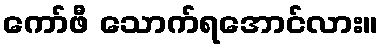
ကော်ဖီ သောက်ရအောင်လား။